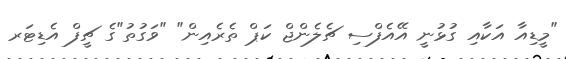
"މީޑިއާ އަކާއި ގުޅުނީ އޭއެފްސި ޗެލެންޖް ކަޕް ތެރެއިން" "ވަގުތު"ގެ ޗީފް އެޑިޓަރ